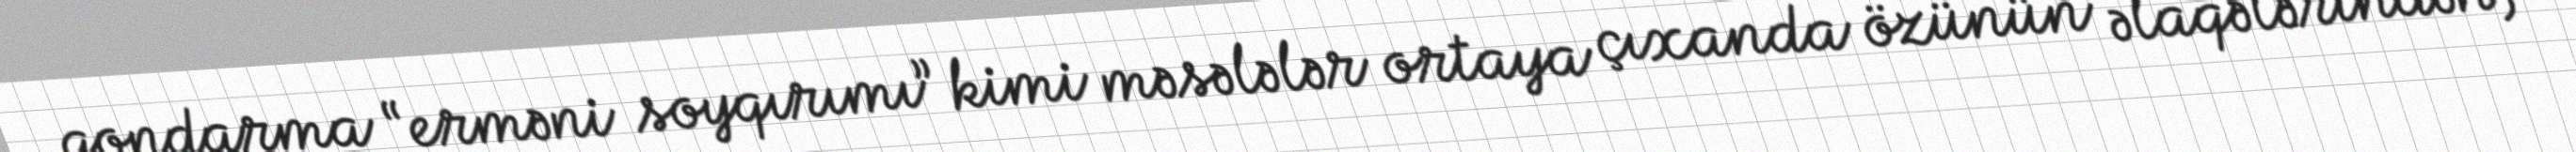
qondarma “erməni soyqırımı” kimi məsələlər ortaya çıxanda özünün əlaqələrindən,